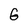
Character: G